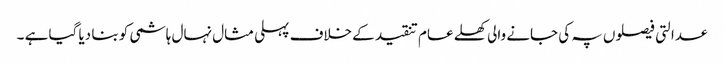
عدالتی فیصلوں پہ کی جانے والی کھلے عام تنقید کے خلاف پہلی مثال نہال ہاشمی کو بنا دیا گیا ہے ۔